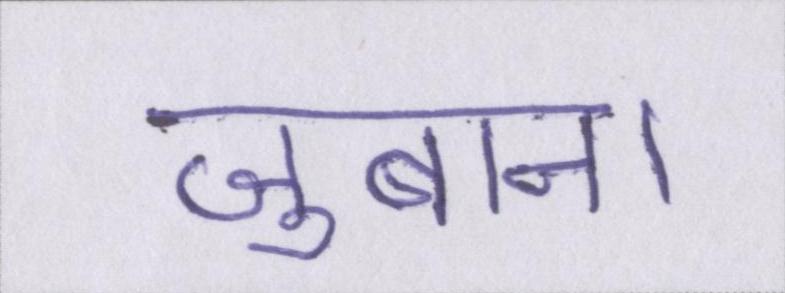
जुबान।